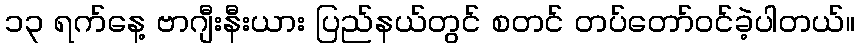
၁၃ ရက်နေ့ ဗာဂျီးနီးယား ပြည်နယ်တွင် စတင် တပ်တော်ဝင်ခဲ့ပါတယ်။